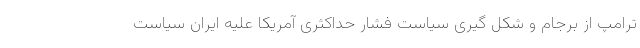
ترامپ از برجام و شکل گیری سیاست فشار حداکثری آمریکا علیه ایران سیاست